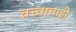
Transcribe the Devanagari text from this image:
तत्त्वाचाही